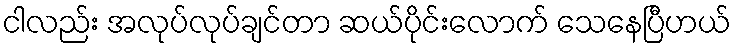
ငါလည်း အလုပ်လုပ်ချင်တာ ဆယ်ပိုင်းလောက် သေနေပြီဟယ်